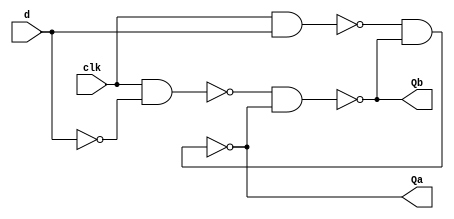
module D_latch(
	input d,clk,
	output Qa,Qb
);
	wire R,S_g,R_g;
	not(R, d);   
	nand(S_g, clk, d);
	nand(R_g, clk, R);   
	nand(Qb, R_g, Qa);
	nand(Qa, S_g, Qb);
endmodule